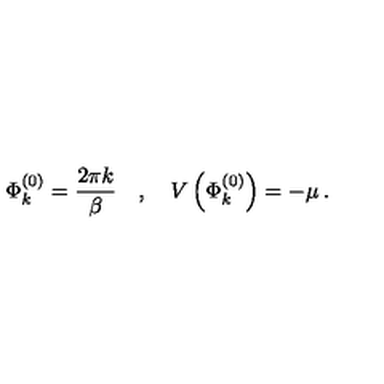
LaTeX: \Phi _ { k } ^ { ( 0 ) } = \frac { 2 \pi k } { \beta } \quad , \quad V \left( \Phi _ { k } ^ { ( 0 ) } \right) = - \mu \: .